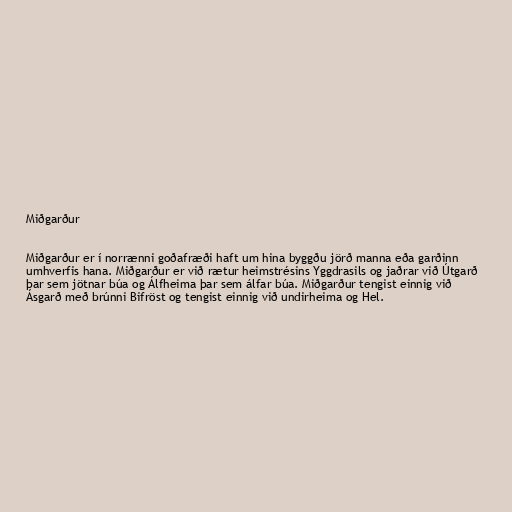
Miðgarður

Miðgarður er í norrænni goðafræði haft um hina byggðu jörð manna eða garðinn
umhverfis hana. Miðgarður er við rætur heimstrésins Yggdrasils og jaðrar við Útgarð
þar sem jötnar búa og Álfheima þar sem álfar búa. Miðgarður tengist einnig við
Ásgarð með brúnni Bifröst og tengist einnig við undirheima og Hel.